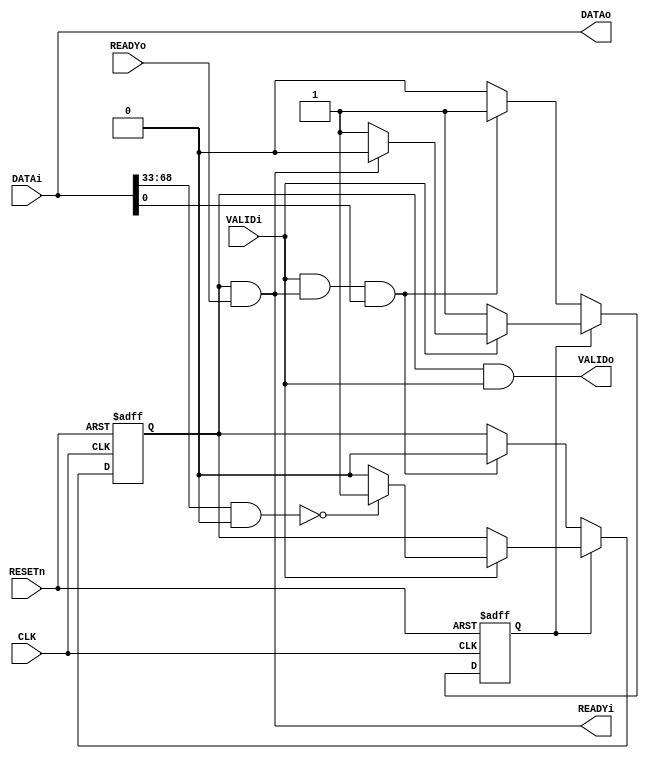
/* Company:
**
** Design Name:
** Module Name: WForwardFilter
** Project Name: AXI4Bus
** Description:
**
** Dependencies:
**
** Revision:
** Revision 0.01 - File Created
** Additional Comments:
*/

`timescale 1ns / 1ps

module WForwardFilter#(
	parameter ADDR_MASK = 36'h000000000,
	parameter ADDR_BANK = 36'h000000000
)(
	input            CLK,
	input            RESETn,

	input     [76:0] DATAi,
	input            VALIDi,
	output           READYi,

	output    [76:0] DATAo,
	output           VALIDo,
	input            READYo
);

reg    en;
reg    cmd_en;
wire   addr_ok;

assign VALIDo  = en & VALIDi;
assign READYi  = en & READYo;
assign DATAo   = DATAi;
assign addr_ok = ((DATAi[68:33] & ADDR_MASK) == ADDR_BANK) ? 1'b1 : 1'b0;

always @(posedge CLK or negedge RESETn)begin
    if (!RESETn)begin
		en <= 1'b0;
		cmd_en <= 1'b1;
	end else if(cmd_en)begin
        if (VALIDi)begin
			en <= addr_ok;
        	if (READYi)
				cmd_en <= 1'b0;
		end
	end else begin
		if (VALIDi & READYi & DATAi[0])begin
			en <= 1'b0;
			cmd_en <= 1'b1;
		end
	end
end

endmodule